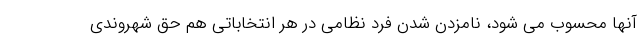
آنها محسوب می شود، نامزدن شدن فرد نظامی در هر انتخاباتی هم حق شهروندی